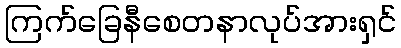
ကြက်ခြေနီစေတနာလုပ်အားရှင်